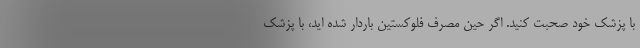
با پزشک خود صحبت کنید. اگر حین مصرف فلوکستین باردار شده اید، با پزشک